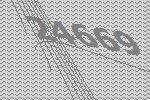
24669